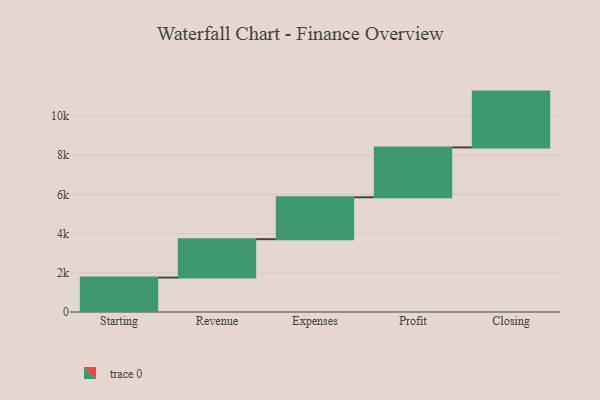
{"axis": {"x": "Step", "y": "Value"}, "legend": [""], "data": [{"x": "Starting", "y": 1756.0, "type": ""}, {"x": "Revenue", "y": 1959.0, "type": ""}, {"x": "Expenses", "y": 2137.0, "type": ""}, {"x": "Profit", "y": 2544.0, "type": ""}, {"x": "Closing", "y": 2847.0, "type": ""}]}